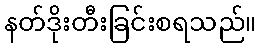
နတ်ဒိုးတီးခြင်းစရသည်။